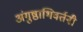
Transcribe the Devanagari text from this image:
अंगुष्ठाभिवर्तनी